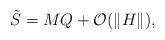
LaTeX: \begin{align*} \tilde{S} = MQ + \mathcal{O}(\|H\|), \end{align*}